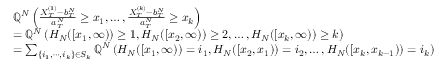
\begin{array} { r l } & { { \mathbb Q } ^ { N } \left( \frac { X _ { T } ^ { ( 1 ) } - b _ { T } ^ { N } } { a _ { T } ^ { N } } \geq x _ { 1 } , \ldots , \frac { X _ { T } ^ { ( k ) } - b _ { T } ^ { N } } { a _ { T } ^ { N } } \geq x _ { k } \right) } \\ & { = { \mathbb Q } ^ { N } \left( H _ { N } ( [ x _ { 1 } , \infty ) ) \geq 1 , H _ { N } ( [ x _ { 2 } , \infty ) ) \geq 2 , \ldots , H _ { N } ( [ x _ { k } , \infty ) ) \geq k \right) } \\ & { = \sum _ { \{ i _ { 1 } , \cdots , i _ { k } \} \in S _ { k } } { \mathbb Q } ^ { N } \left( H _ { N } ( [ x _ { 1 } , \infty ) ) = i _ { 1 } , H _ { N } ( [ x _ { 2 } , x _ { 1 } ) ) = i _ { 2 } , \ldots , H _ { N } ( [ x _ { k } , x _ { k - 1 } ) ) = i _ { k } \right) } \end{array}